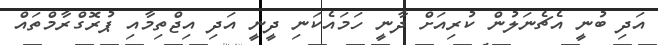
އަދި ބުނީ އެޗެނަލުން ކުރިއަށް ދާނީ ހަމައެކަނި ދީނީ އަދި އިޖްތިމާއި ޕުރޮގްރާމްތައް